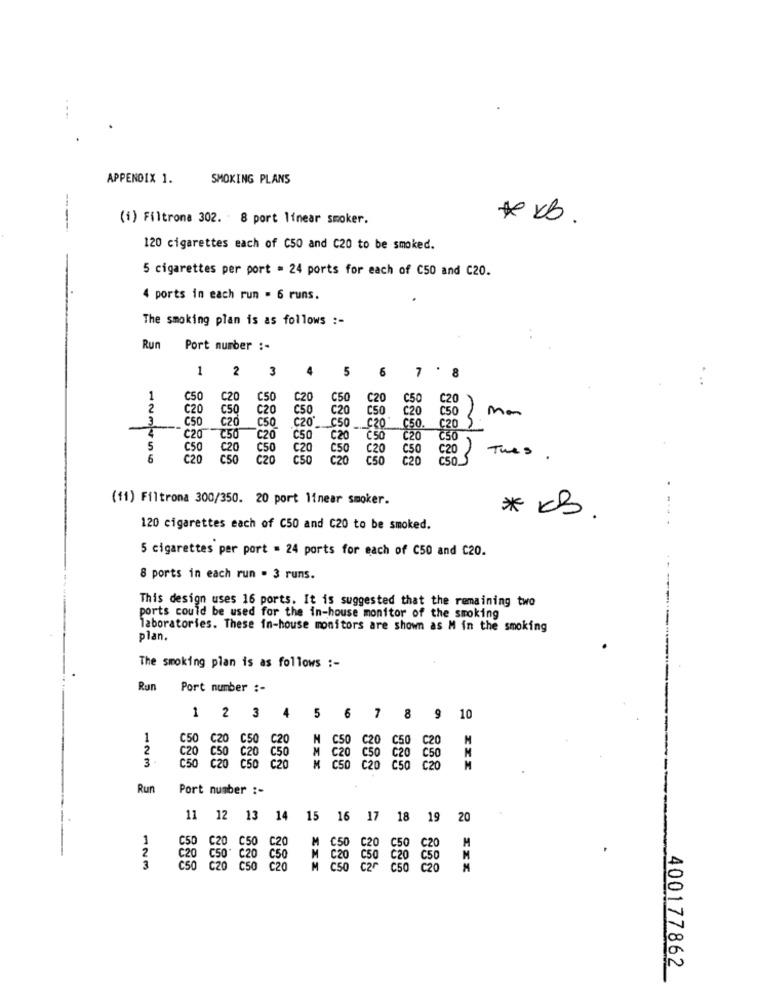
APPENDIX 1.
SMOKING PLANS
----
(i) Filtrona 302. · 8 port linear smoker.
# xb.
120 cigarettes each of C50 and C20 to be smoked.
5 cigarettes per port = 24 ports for each of C50 and C20.
4 ports in each run . 6 runs.
The smoking plan is as follows :-
Run
Port number :-
1
2
3
4
5 6 7 ' 8
1
C50
C20
C50
C20
C50
C20
C50
2
C20
CSO
C20
C50
C20
C50
C20
C50
C20
Mon
C50
C20
C50
C20 C50
C20"
650,
C20
(20 )
℃50
C20
C50
C20
C50
C20 C50
C50
C20
C50
C20
C50
C20 C50 C20
This.
6
C20
C50
C20
CSO
C20
C20
(11) Filtroma 300/350. 20 port linear smoker.
* KB.
....
120 cigarettes each of C50 and C20 to be smoked.
5 cigarettes per port = 24 ports for each of C50 and C20.
8 ports in each run . 3 runs.
This design uses 16 ports. It is suggested that the remaining two
ports could be used for the in-house monitor of the smoking
laboratories. These in-house monitors are shown as M in the smoking
plan.
The smoking plan is as follows :-
Run Port number :-
1 2 3 4 5 6 7 8 9 10
1
C20 C50
C20
N
2
C50 C20
3
C20 C50 20 C50
C20 C50 C20
C50
C50 C20 C50
C20
C50
2 20
C50
Č20
Run
Port number :-
11 12 13 14
15 16
17
18
19
20
M
C50
ESO C50 C20
C20
CSO
123
CSO
C20
Č50
C50
C20
400177862